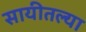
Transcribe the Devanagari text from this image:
सायीतल्या